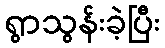
ရွာသွန်းခဲ့ပြီး